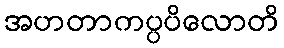
အဟတာကပ္ပပိလောတိ